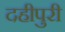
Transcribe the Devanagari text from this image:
दहीपुरी